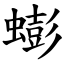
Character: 蟛